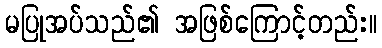
မပြုအပ်သည်၏ အဖြစ်ကြောင့်တည်း။